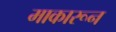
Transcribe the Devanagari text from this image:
माकारून